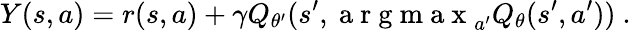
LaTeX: Y(s,a)=r(s,a)+\gamma Q_{\theta^{\prime}}(s^{\prime},\mathrm{~a~r~g~m~a~x~}_{a^{\prime}}Q_{\theta}(s^{\prime},a^{\prime}))~.